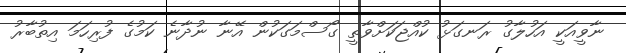
ނާވީއަކީ އަހުލާގު ރަނގަޅު ކުއްޖަކަށްވާތީ ގޯސްމަގަކުން އޭނާ ނުދާނެ ކަމުގެ ފުރިހަމަ އިތުބާރު